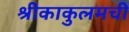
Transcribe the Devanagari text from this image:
श्रीकाकुलमची